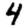
Digit: 4